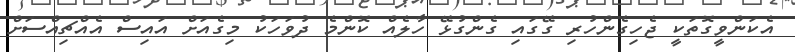
އެކަންވީގޮތަކީ ޖެހިގެންހުރި ގޭގައި ގެންގުޅޭ ހާލެއް ކޮންމެ ދުވަހަކު މިގެއަށް އައިސް އެއްޗިއްސަށް